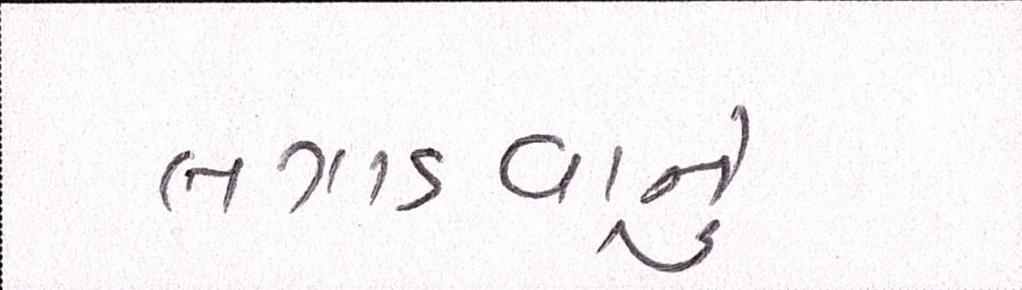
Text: લગાડવાનું